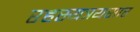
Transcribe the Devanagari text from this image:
रहस्यत्रयसार